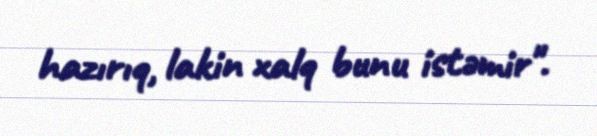
hazırıq, lakin xalq bunu istəmir".